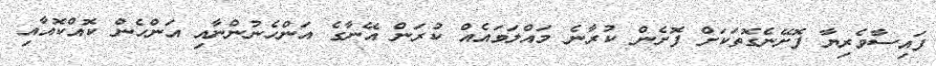
ފައިސާވެރިޔާ ފޮށޭނެގޮތަކަށް ފޮށެން ކުރާނެ މައްލަވައެއް ކުރަން އޭނާގެ އަންހެނުންނާއި އަންހެން ކޮއްކޮއާއި